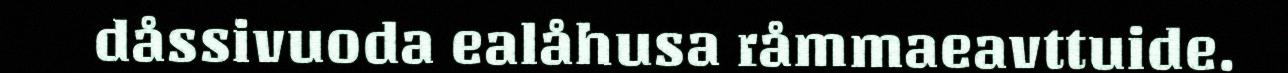
dåssivuoda ealåhusa råmmaeavttuide.